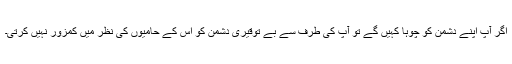
اگر آپ اپنے دشمن کو چوہا کہیں گے تو آپ کی طرف سے بے توقیری دشمن کو اس کے حامیوں کی نظر میں کمزور نہیں کرتی۔